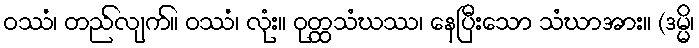
ဝဿံ၊ တည်လျက်။ ဝဿံ၊ လုံး။ ဝုတ္ထသံဃဿ၊ နေပြီးသော သံဃာအား။ (ဒမ္မိ၊